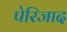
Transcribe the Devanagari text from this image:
पेरिजाद